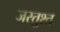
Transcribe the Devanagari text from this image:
जरतुश्त